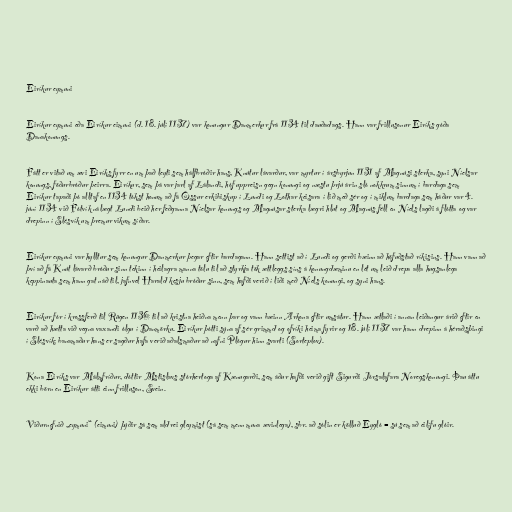
Eiríkur eymuni

Eiríkur eymuni eða Eiríkur eimuni (d. 18. júlí 1137) var konungur Danmerkur frá 1134 til dauðadags. Hann var frillusonur Eiríks góða
Danakonungs.

Fátt er vitað um ævi Eiríks fyrr en um það leyti sem hálfbróðir hans, Knútur lávarður, var myrtur í ársbyrjun 1131 af Magnúsi sterka, syni Níelsar
konungs, föðurbróður þeirra. Eiríkur, sem þá var jarl af Lálandi, hóf uppreisn gegn konungi og næstu þrjú árin sló nokkrum sinnum í bardaga sem
Eiríkur tapaði þó alltaf en 1134 tókst honum að fá Össur erkibiskup í Lundi og Lothar keisara í lið með sér og í miklum bardaga sem háður var 4.
júní 1134 við Fótvík nálægt Lundi beið her feðganna Níelsar konungs og Magnúsar sterka lægri hlut og Magnús féll en Níels lagði á flótta og var
drepinn í Slésvík um þremur vikum síðar.

Eiríkur eymuni var hylltur sem konungur Danmerkur þegar eftir bardagann. Hann settist að í Lundi og gerði bæinn að höfuðstað ríkisins. Hann vann að
því að fá Knút lávarð bróður sinn tekinn í heilagra manna tölu til að styrkja tök ættleggs síns á konungdæminu en lét um leið drepa alla hugsanlega
keppinauta sem hann gat náð til, jafnvel Harald kesju bróður sinn, sem hafði verið í liði með Níels konungi, og syni hans.

Eiríkur fór í krossferð til Rügen 1136 til að kristna heiðna menn þar og vann bæinn Arkona eftir umsátur. Hann ætlaði í annan leiðangur árið eftir en
varð að hætta við vegna vaxandi ólgu í Danmörku. Eiríkur þótti sýna af sér grimmd og ofríki heima fyrir og 18. júlí 1137 var hann drepinn á héraðsþingi
í Slésvík; banamaður hans er sagður hafa verið aðalsmaður að nafni Plógur hinn svarti (Sorteplov).

Kona Eiríks var Málmfríður, dóttir Mstislavs stórhertoga af Kænugarði, sem áður hafði verið gift Sigurði Jórsalafara Noregskonungi. Þau áttu
ekki börn en Eiríkur átti einn frilluson, Svein.

Viðurnefnið „eymuni“ (eimuni) þýðir sá sem aldrei gleymist (sá sem menn muna ævinlega), sbr. að sólin er kölluð Eygló = sú sem að eilífu glóir.